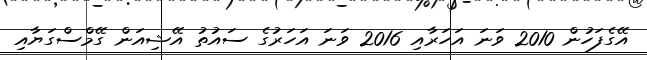
އޭގެފަހުން 2010 ވަނަ އަހަރާއި 2016 ވަނަ އަހަރުގެ ސައުތު އޭޝިއަން ގޭމްސްގަޔާއި